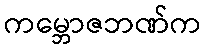
ကမ္ဘောဇဘဏ်က